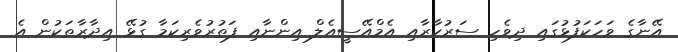
އޭނާގެ ވަހަކަފުޅުގައި ދިވެހި ސަރުކާރާއި އެމްއޭސީއެލް އިންނާއި ފަތުރުވެރިކަމާ ގުޅޭ އިދާރާތަކުން އެ